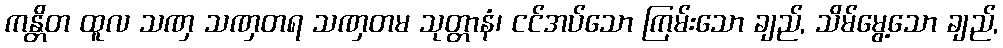
ကန္တိတ ထူလ သဏှ သဏှတရ သဏှတမ သုတ္တာနံ၊ ငင်အပ်သော ကြမ်းသော ချည်, သိမ်မွေ့သော ချည်,